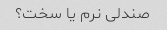
صندلی نرم یا سخت؟